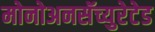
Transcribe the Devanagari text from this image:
मोनोअनसॅच्युरेटेड